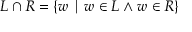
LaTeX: L \cap R = \{ w \mid w \in L \land w \in R \}